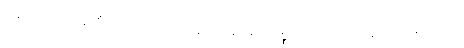
ခေါ၊ အကြင်သူတို့သည်။ ကာယေန၊ ကိုယ်ဖြင့်။ ဒုစ္စရိတံ၊ ကာယဒုစရိုက်သုံးပါးကို။